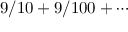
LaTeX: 9 / 1 0 + 9 / 1 0 0 + \cdots